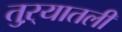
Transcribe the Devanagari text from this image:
तुऱ्यातली